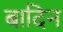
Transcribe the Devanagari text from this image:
बादिन